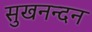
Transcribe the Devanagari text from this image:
सुखनन्दन